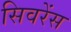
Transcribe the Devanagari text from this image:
सिवरेंस